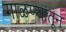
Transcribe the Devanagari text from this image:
गाळण्यांतून